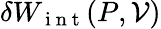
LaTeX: \delta W_{\mathrm{~i~n~t~}}(P,\mathcal{V})